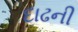
દાઢની